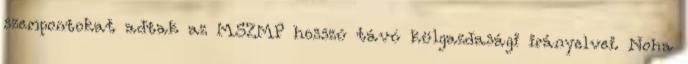
szempontokat adtak az MSZMP hosszú távú külgazdasági irányelvei. Noha